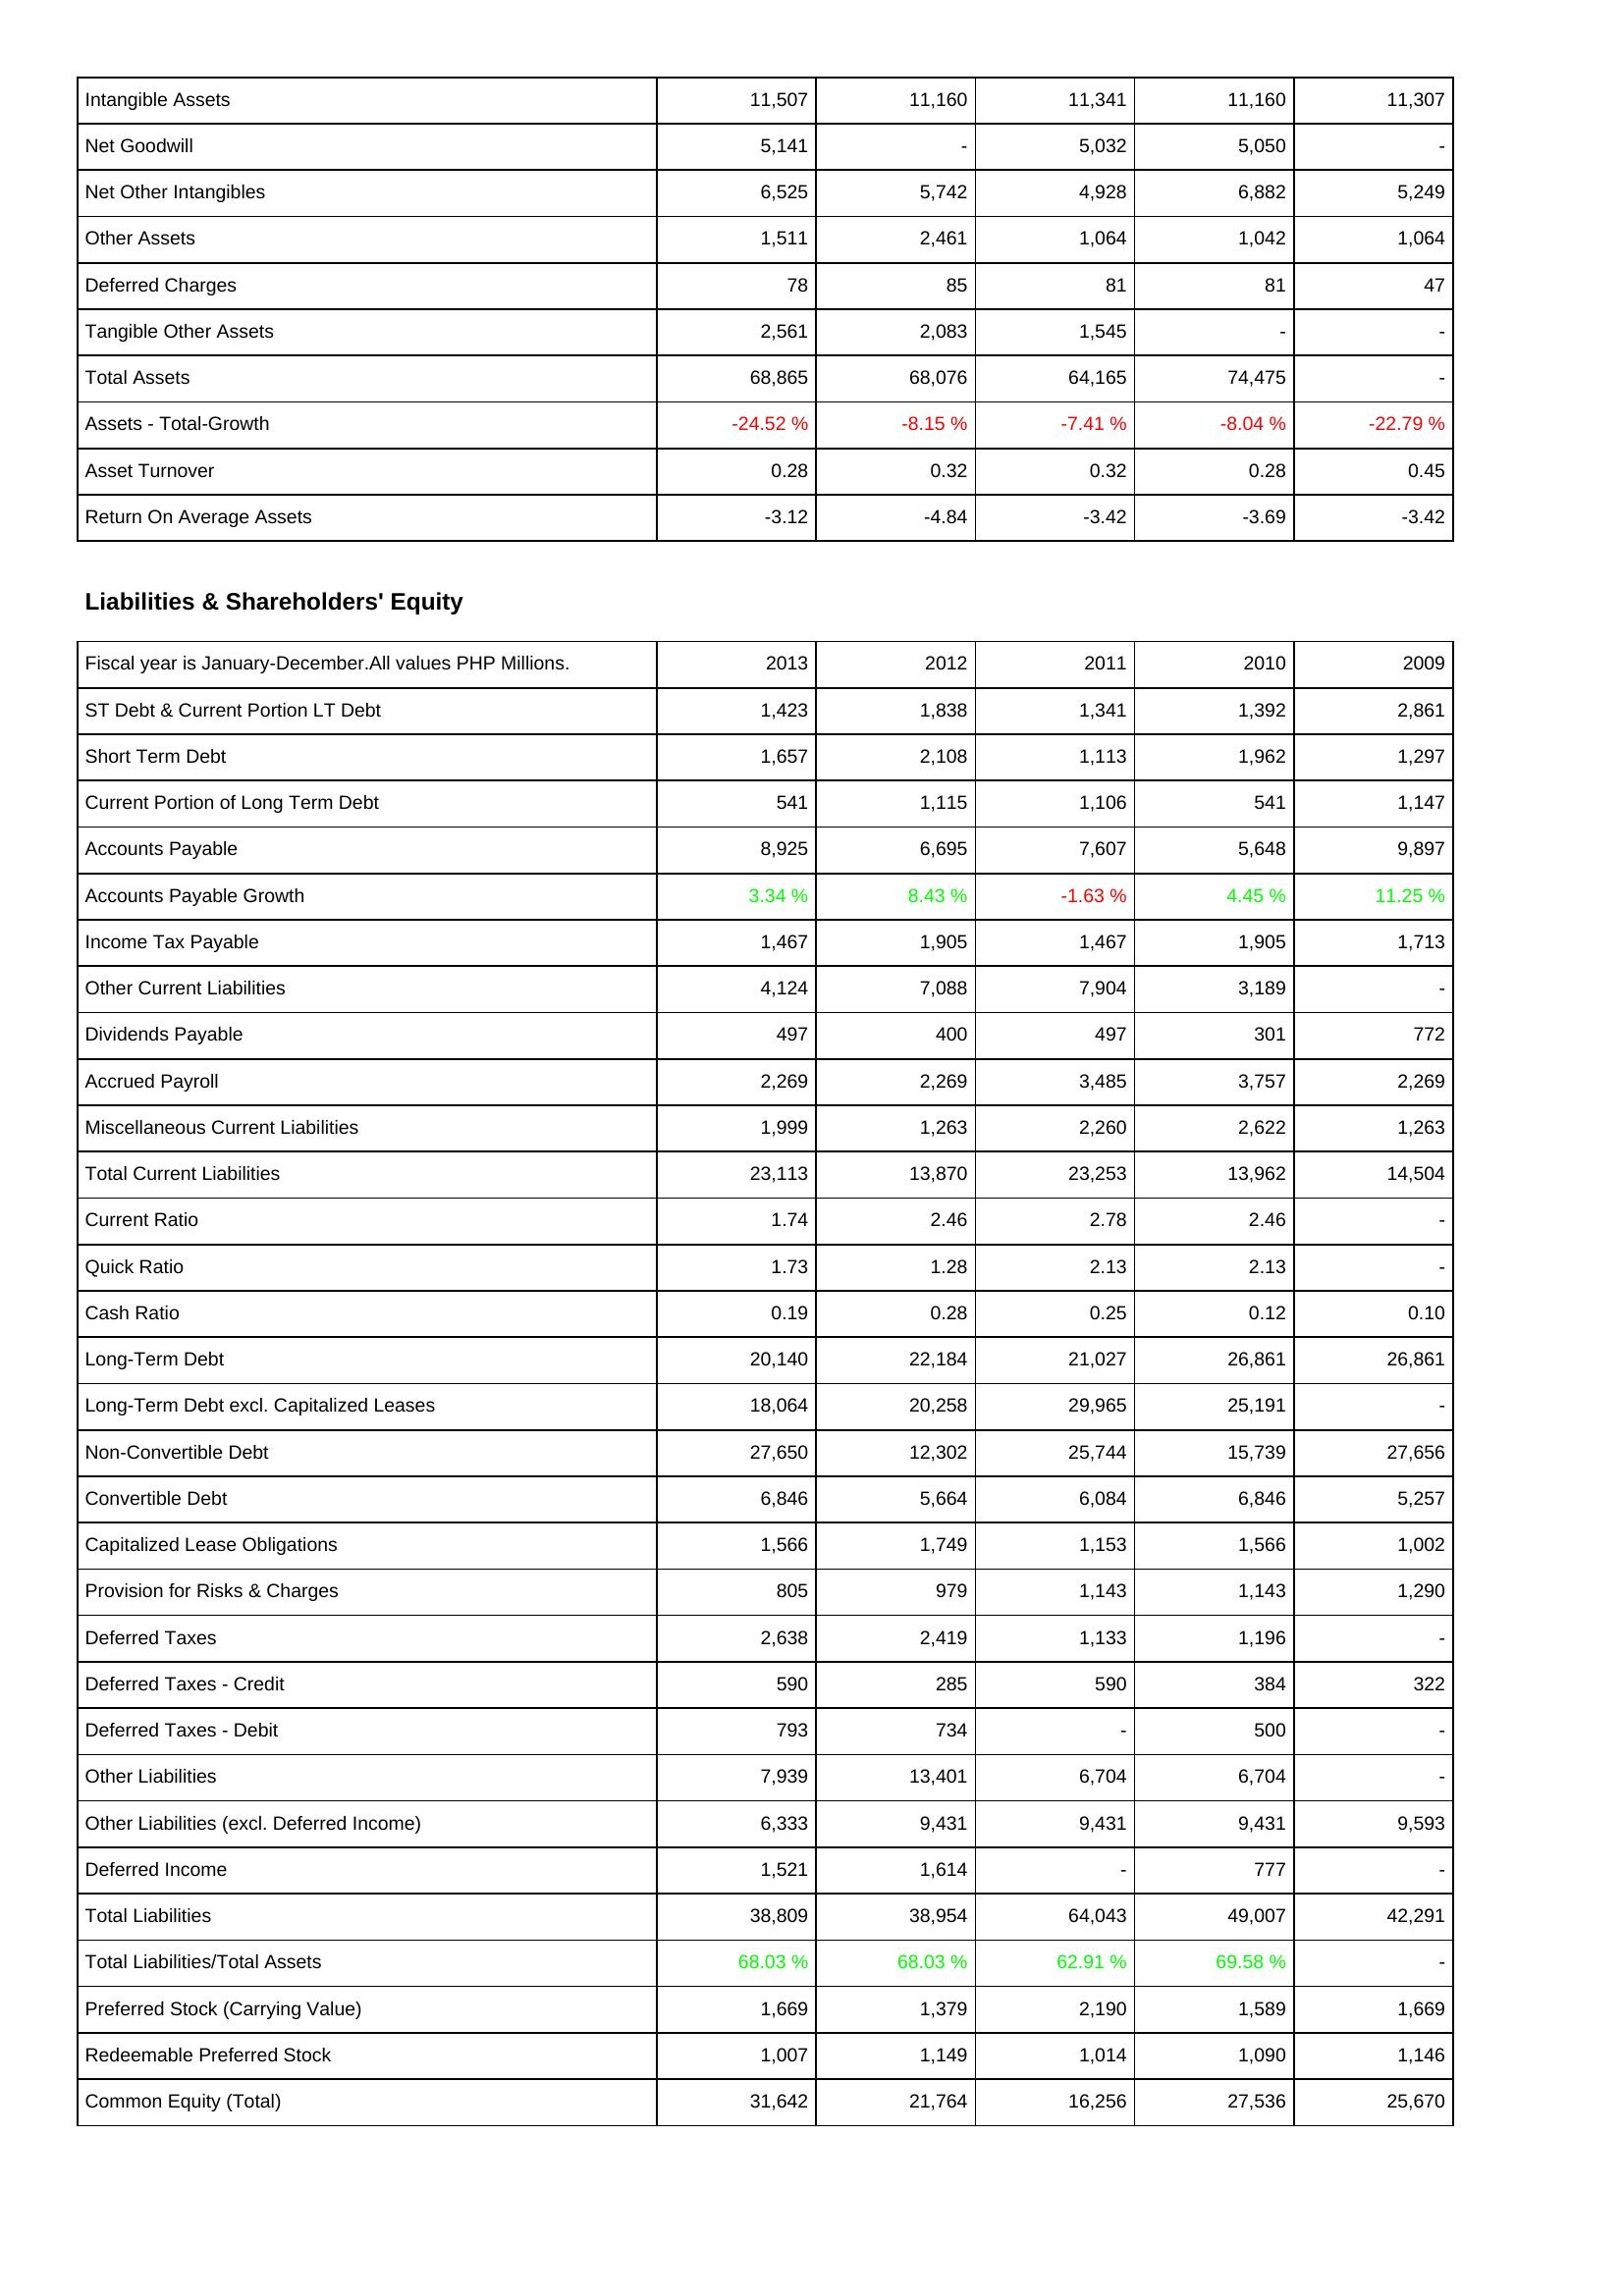
2013: Assets: Intangible Assets: 11,507
Net Goodwill: 5,141
Net Other Intangibles: 6,525
Other Assets: 1,511
Deferred Charges: 78
Tangible Other Assets: 2,561
Total Assets: 68,865
Assets - Total-Growth: -24.52 %
Asset Turnover: 0.28
Return On Average Assets: -3.12
Liabilities & Shareholders' Equity: ST Debt & Current Portion LT Debt: 1,423
Short Term Debt: 1,657
Current Portion of Long Term Debt: 541
Accounts Payable: 8,925
Accounts Payable Growth: 3.34 %
Income Tax Payable: 1,467
Other Current Liabilities: 4,124
Dividends Payable: 497
Accrued Payroll: 2,269
Miscellaneous Current Liabilities: 1,999
Total Current Liabilities: 23,113
Current Ratio: 1.74
Quick Ratio: 1.73
Cash Ratio: 0.19
Long-Term Debt: 20,140
Long-Term Debt excl. Capitalized Leases: 18,064
Non-Convertible Debt: 27,650
Convertible Debt: 6,846
Capitalized Lease Obligations: 1,566
Provision for Risks & Charges: 805
Deferred Taxes: 2,638
Deferred Taxes - Credit: 590
Deferred Taxes - Debit: 793
Other Liabilities: 7,939
Other Liabilities (excl. Deferred Income): 6,333
Deferred Income: 1,521
Total Liabilities: 38,809
Total Liabilities/Total Assets: 68.03 %
Preferred Stock (Carrying Value): 1,669
Redeemable Preferred Stock: 1,007
Common Equity (Total): 31,642
2012: Assets: Intangible Assets: 11,160
Net Goodwill: -
Net Other Intangibles: 5,742
Other Assets: 2,461
Deferred Charges: 85
Tangible Other Assets: 2,083
Total Assets: 68,076
Assets - Total-Growth: -8.15 %
Asset Turnover: 0.32
Return On Average Assets: -4.84
Liabilities & Shareholders' Equity: ST Debt & Current Portion LT Debt: 1,838
Short Term Debt: 2,108
Current Portion of Long Term Debt: 1,115
Accounts Payable: 6,695
Accounts Payable Growth: 8.43 %
Income Tax Payable: 1,905
Other Current Liabilities: 7,088
Dividends Payable: 400
Accrued Payroll: 2,269
Miscellaneous Current Liabilities: 1,263
Total Current Liabilities: 13,870
Current Ratio: 2.46
Quick Ratio: 1.28
Cash Ratio: 0.28
Long-Term Debt: 22,184
Long-Term Debt excl. Capitalized Leases: 20,258
Non-Convertible Debt: 12,302
Convertible Debt: 5,664
Capitalized Lease Obligations: 1,749
Provision for Risks & Charges: 979
Deferred Taxes: 2,419
Deferred Taxes - Credit: 285
Deferred Taxes - Debit: 734
Other Liabilities: 13,401
Other Liabilities (excl. Deferred Income): 9,431
Deferred Income: 1,614
Total Liabilities: 38,954
Total Liabilities/Total Assets: 68.03 %
Preferred Stock (Carrying Value): 1,379
Redeemable Preferred Stock: 1,149
Common Equity (Total): 21,764
2011: Assets: Intangible Assets: 11,341
Net Goodwill: 5,032
Net Other Intangibles: 4,928
Other Assets: 1,064
Deferred Charges: 81
Tangible Other Assets: 1,545
Total Assets: 64,165
Assets - Total-Growth: -7.41 %
Asset Turnover: 0.32
Return On Average Assets: -3.42
Liabilities & Shareholders' Equity: ST Debt & Current Portion LT Debt: 1,341
Short Term Debt: 1,113
Current Portion of Long Term Debt: 1,106
Accounts Payable: 7,607
Accounts Payable Growth: -1.63 %
Income Tax Payable: 1,467
Other Current Liabilities: 7,904
Dividends Payable: 497
Accrued Payroll: 3,485
Miscellaneous Current Liabilities: 2,260
Total Current Liabilities: 23,253
Current Ratio: 2.78
Quick Ratio: 2.13
Cash Ratio: 0.25
Long-Term Debt: 21,027
Long-Term Debt excl. Capitalized Leases: 29,965
Non-Convertible Debt: 25,744
Convertible Debt: 6,084
Capitalized Lease Obligations: 1,153
Provision for Risks & Charges: 1,143
Deferred Taxes: 1,133
Deferred Taxes - Credit: 590
Deferred Taxes - Debit: -
Other Liabilities: 6,704
Other Liabilities (excl. Deferred Income): 9,431
Deferred Income: -
Total Liabilities: 64,043
Total Liabilities/Total Assets: 62.91 %
Preferred Stock (Carrying Value): 2,190
Redeemable Preferred Stock: 1,014
Common Equity (Total): 16,256
2010: Assets: Intangible Assets: 11,160
Net Goodwill: 5,050
Net Other Intangibles: 6,882
Other Assets: 1,042
Deferred Charges: 81
Tangible Other Assets: -
Total Assets: 74,475
Assets - Total-Growth: -8.04 %
Asset Turnover: 0.28
Return On Average Assets: -3.69
Liabilities & Shareholders' Equity: ST Debt & Current Portion LT Debt: 1,392
Short Term Debt: 1,962
Current Portion of Long Term Debt: 541
Accounts Payable: 5,648
Accounts Payable Growth: 4.45 %
Income Tax Payable: 1,905
Other Current Liabilities: 3,189
Dividends Payable: 301
Accrued Payroll: 3,757
Miscellaneous Current Liabilities: 2,622
Total Current Liabilities: 13,962
Current Ratio: 2.46
Quick Ratio: 2.13
Cash Ratio: 0.12
Long-Term Debt: 26,861
Long-Term Debt excl. Capitalized Leases: 25,191
Non-Convertible Debt: 15,739
Convertible Debt: 6,846
Capitalized Lease Obligations: 1,566
Provision for Risks & Charges: 1,143
Deferred Taxes: 1,196
Deferred Taxes - Credit: 384
Deferred Taxes - Debit: 500
Other Liabilities: 6,704
Other Liabilities (excl. Deferred Income): 9,431
Deferred Income: 777
Total Liabilities: 49,007
Total Liabilities/Total Assets: 69.58 %
Preferred Stock (Carrying Value): 1,589
Redeemable Preferred Stock: 1,090
Common Equity (Total): 27,536
2009: Assets: Intangible Assets: 11,307
Net Goodwill: -
Net Other Intangibles: 5,249
Other Assets: 1,064
Deferred Charges: 47
Tangible Other Assets: -
Total Assets: -
Assets - Total-Growth: -22.79 %
Asset Turnover: 0.45
Return On Average Assets: -3.42
Liabilities & Shareholders' Equity: ST Debt & Current Portion LT Debt: 2,861
Short Term Debt: 1,297
Current Portion of Long Term Debt: 1,147
Accounts Payable: 9,897
Accounts Payable Growth: 11.25 %
Income Tax Payable: 1,713
Other Current Liabilities: -
Dividends Payable: 772
Accrued Payroll: 2,269
Miscellaneous Current Liabilities: 1,263
Total Current Liabilities: 14,504
Current Ratio: -
Quick Ratio: -
Cash Ratio: 0.10
Long-Term Debt: 26,861
Long-Term Debt excl. Capitalized Leases: -
Non-Convertible Debt: 27,656
Convertible Debt: 5,257
Capitalized Lease Obligations: 1,002
Provision for Risks & Charges: 1,290
Deferred Taxes: -
Deferred Taxes - Credit: 322
Deferred Taxes - Debit: -
Other Liabilities: -
Other Liabilities (excl. Deferred Income): 9,593
Deferred Income: -
Total Liabilities: 42,291
Total Liabilities/Total Assets: -
Preferred Stock (Carrying Value): 1,669
Redeemable Preferred Stock: 1,146
Common Equity (Total): 25,670